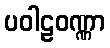
ပဝါဠဝဏ္ဏာ